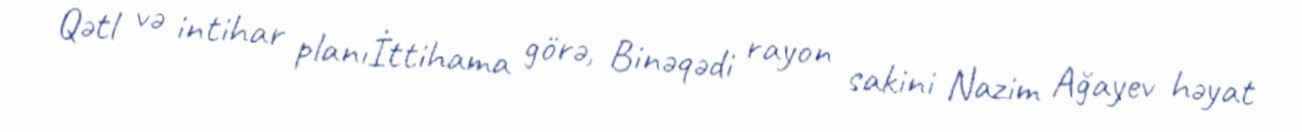
Qətl və intihar planıİttihama görə, Binəqədi rayon sakini Nazim Ağayev həyat